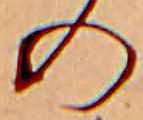
の